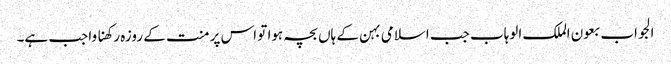
الجواب بعون الملک الوہاب جب اسلامی بہن کے ہاں بچہ ہوا تو اس پر منت کے روزہ رکھنا واجب ہے۔